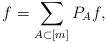
\begin{align*} f = \sum_{A \subset [m]} P_A f,\end{align*}